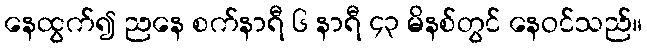
နေထွက်၍ ညနေ စက်နာရီ ၆ နာရီ ၄၃ မိနစ်တွင် နေဝင်သည်။